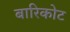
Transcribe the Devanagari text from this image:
बारिकोट